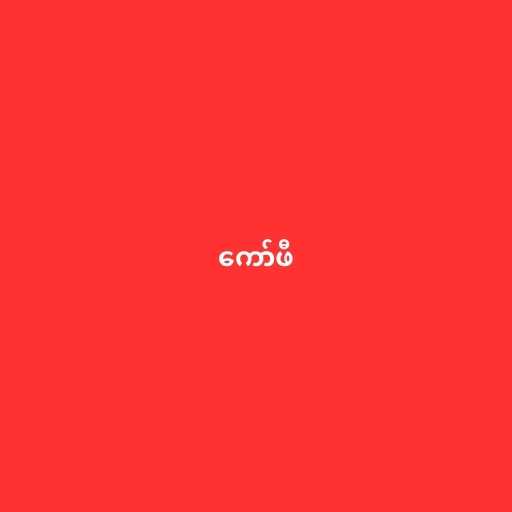
ကော်ဖီ